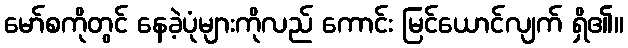
မော်စကိုတွင် နေခဲ့ပုံများကိုလည် ကောင်း မြင်ယောင်လျက် ရှိ၏။